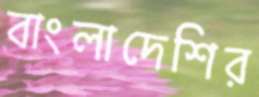
বাংলাদেশির